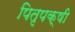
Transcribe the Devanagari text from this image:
पितृपक्षी